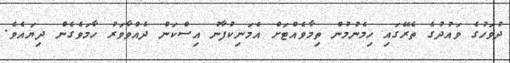
ދުވަހުގެ ވައުދުގެ ތެރޭގައި ހިމެނުމުން ތިމާވެއްޓަށް އެމަނިކުފާނު އިސްކަން ދެއްވާވަރު ހާމަވެގެން ދިޔައެވެ.